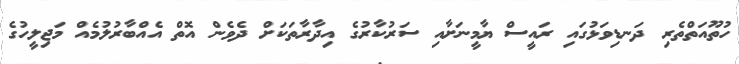
ހުތޫއަތްތެރި ދަނޑިވަޅުގައި ރައީސް ޔާމީނަށާއި ސަރުކާރުގެ އިދާރާތަކަށް ދެވެން އޮތް އެއްބާރުލުމެއް މަޖިލީހުގެ